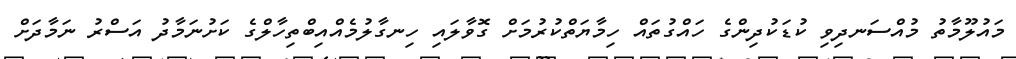
މައުލޫމާތު މުއްސަނދިވި ކުޑަކުދިންގެ ހައްގުތައް ހިމާޔަތްކުރުމަށް ގޮވާލައި ހިނގާލުމެއްއިބްތިހާލްގެ ކަށުނަމާދު އަސްރު ނަމާދަށް